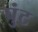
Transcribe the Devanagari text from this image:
पुंट